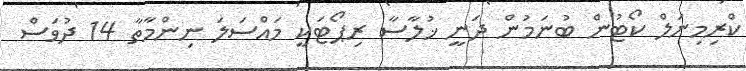
ކްރިމިނަލް ކޯޓުން ބުނަމުން ދަނީ ޚުލާސާ ރިޕޯޓަކީ މައްސަލަ ނިންމާތާ 14 ދުވަސް